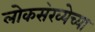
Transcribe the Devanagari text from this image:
लोकस॓ख्येच्या